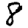
Digit: 8